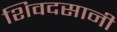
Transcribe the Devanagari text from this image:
शिवदसानी